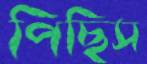
পিছিস